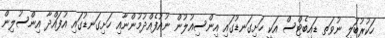
ހަކުރުބަލި ނުވަތ ޑައިބެޓްސް އަކީ ހަށިގަނޑުގައި އިންސިއުލުން ނުއުފެއްދުމުންނާއި ހަށިގަނޑުގައި އުފައްދާ އިންސުލިން